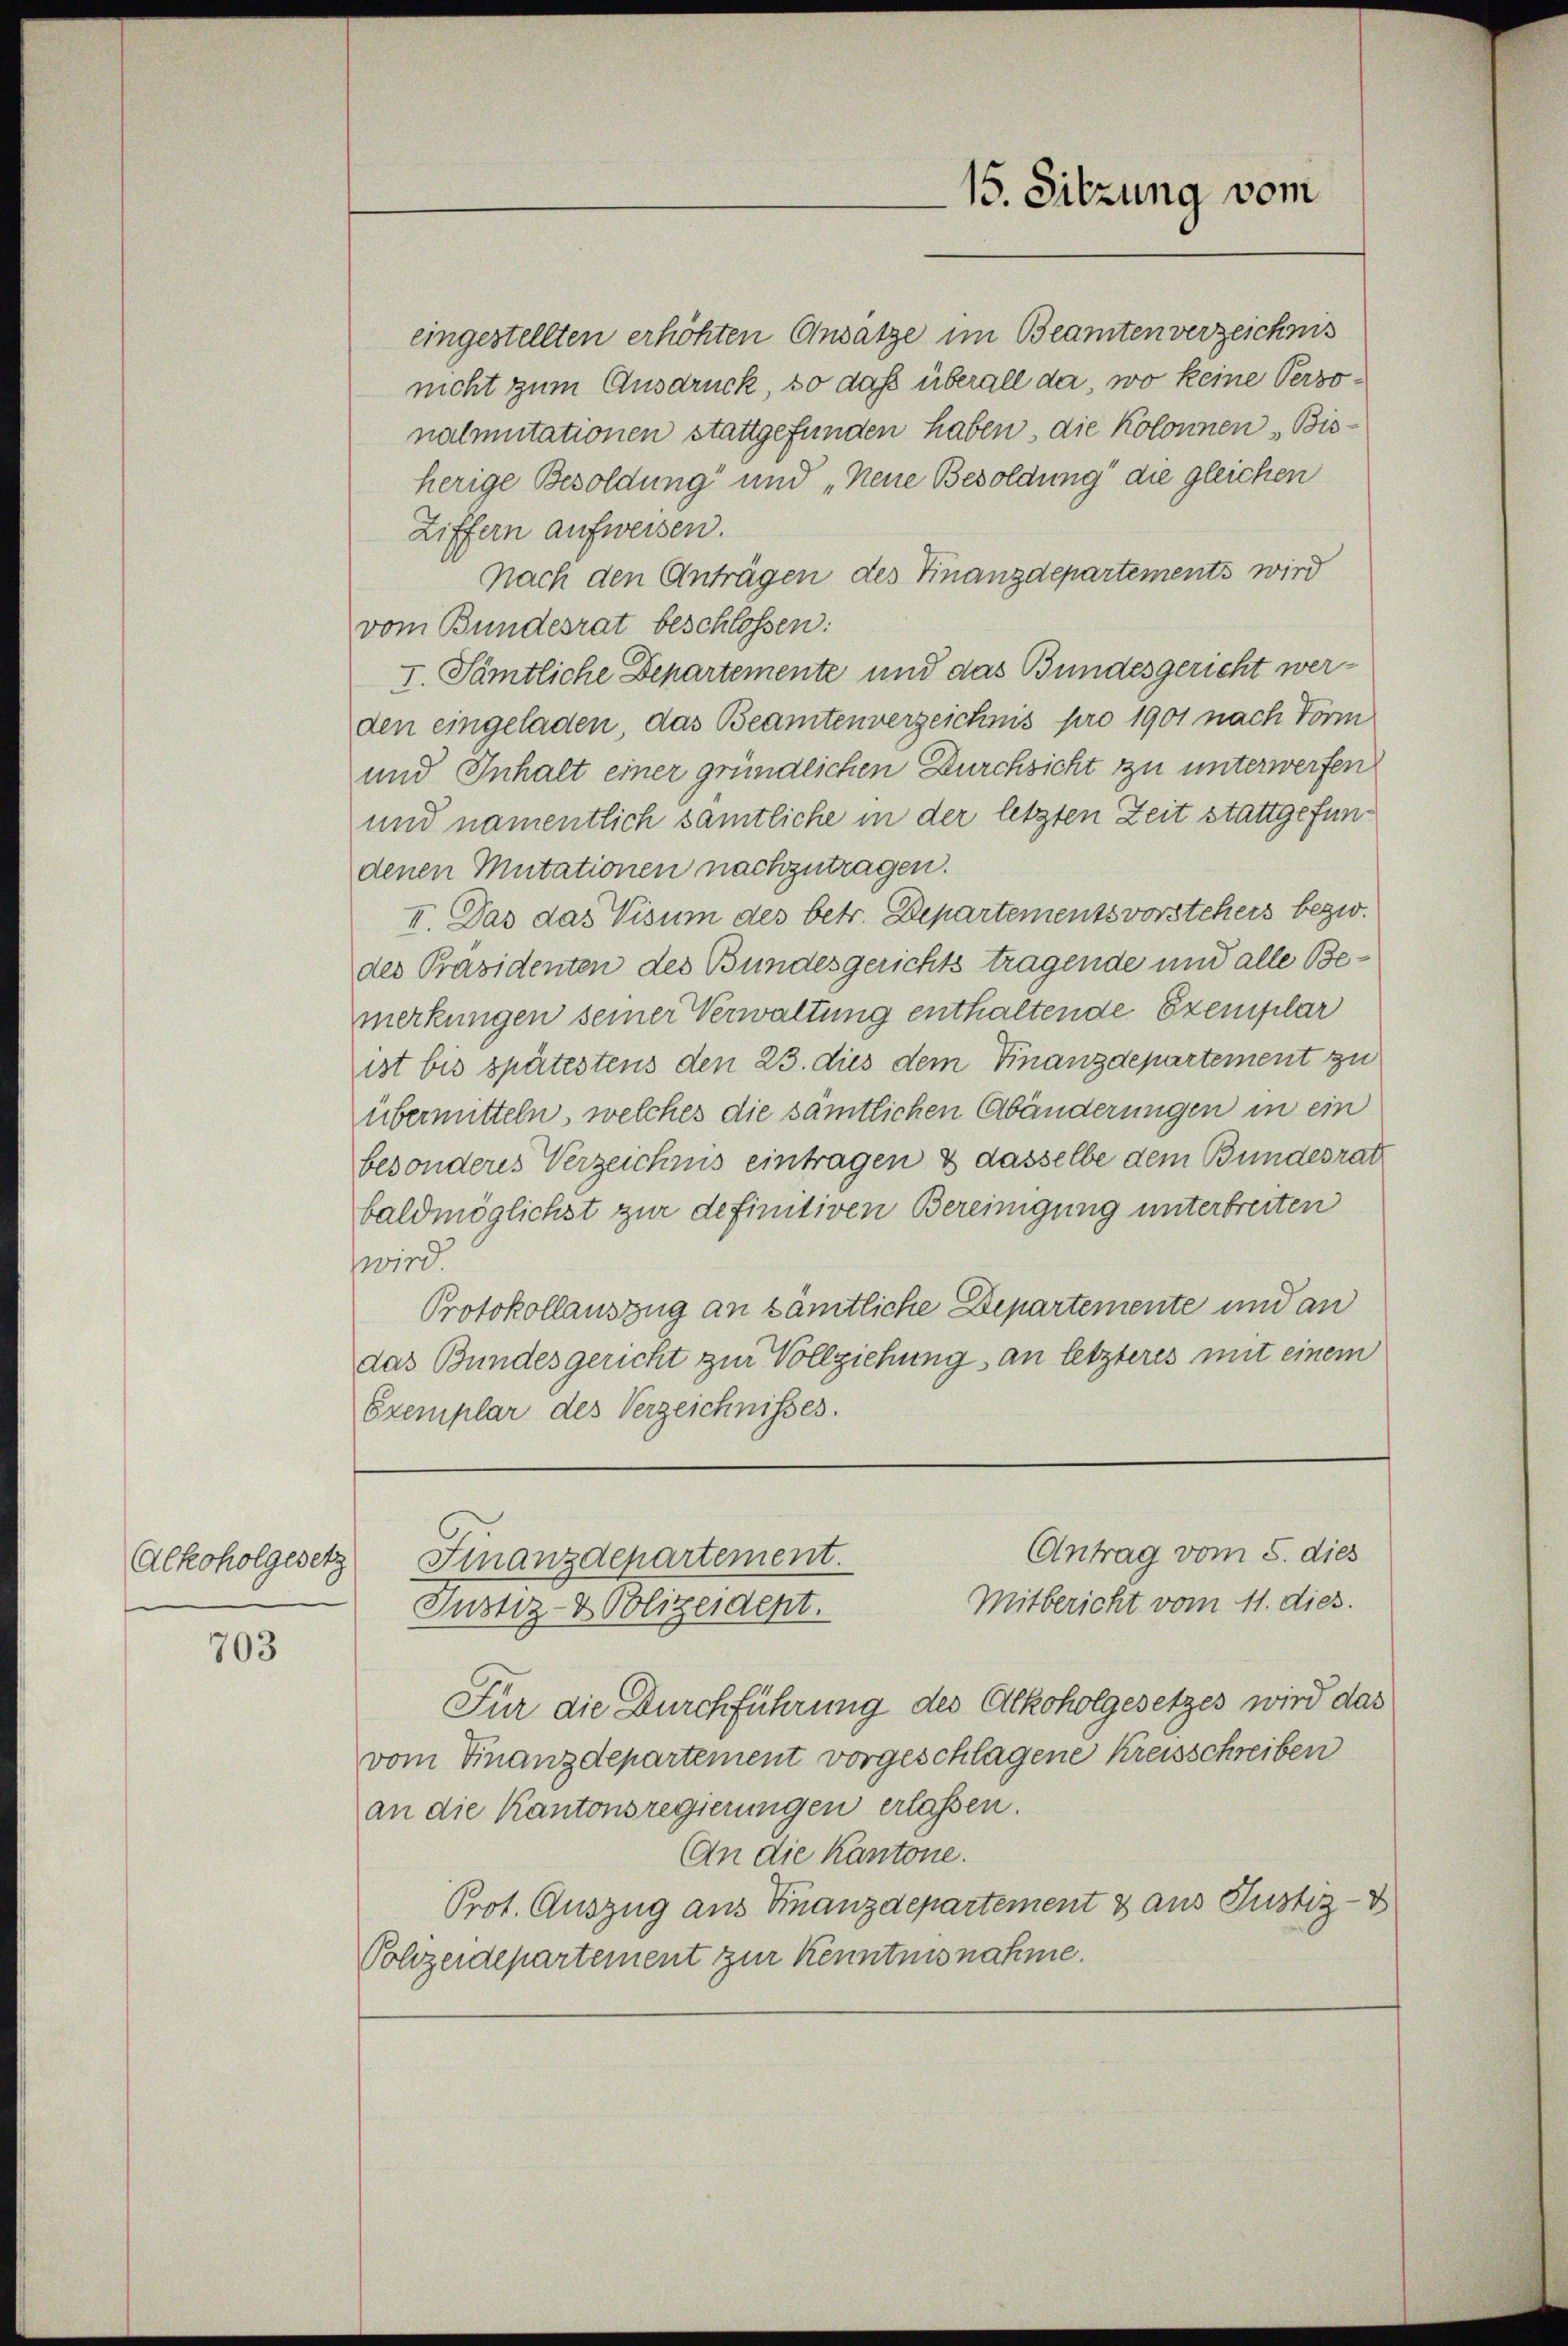
Alkoholgesetz

703

nalmutationen stattgefunden haben, die Kolonnen „Bisherige Besoldung und „Neue Besoldung die gleichen
Ziffern aufweisen.
Nach den Anträgen des Finanzdepartements wird
vom Bundesrat beschlossen:
I. Sämtliche Departemente und das Bundesgericht werden eingeladen, das Beamtenverzeichnis pro 1901 nach Form
und Inhalt einer gründlichen Durchsicht zu unterwerfen
und namentlich samtliche in der letzten Zeit stattgefundenen Mutationen nachzutragen.
II. Das das Visum des betr. Departementsvorstehers bezw.
des Präsidenten des Bundesgerichts tragende und alle Bemerkungen seiner Verwaltung enthaltende Exemplar
ist bis spätestens den 23. dies dem Finanzdepartement zu
übermitteln, welches die sämtlichen Abänderungen in ein
besonderes Verzeichnis eintragen & dasselbe dem Bundesrat
baldmöglichst zur definitiven Bereinigung unterbreiten
wird.
Protokollauszug an sämtliche Departemente und an
das Bundesgericht zur Vollziehung an letzteres mit einem
Exemplar des Verzeichnisses.

eingestellten erhöhten Ansätze im Beamten verzeichnis
nicht zum Ausdruck, so daß überall da, wo keine Perso¬

Für die Durchführung des Alkoholgesetzes wird das
vom Finanzdepartement vorgeschlagene Kreisschreiben
an die Kantonsregierungen erlassen.
An die Kantone.
Prot. Auszug aus Finanzdepartement & aus Justiz-
Polizeidepartement zur Kenntnisnahme.

15. Sitzung vom

Antrag vom 5. dies
Finanzdepartement.
Mitbericht vom 11. dies.
Justiz- & Polizeident.